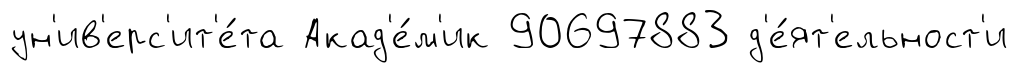
ун'ив'ерс'ит'е́та Акад'е́м'ик 90697883 д'е́ят'ельност'и